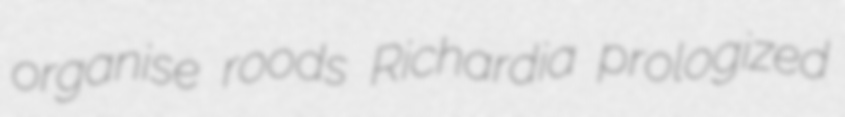
organise roods Richardia prologized